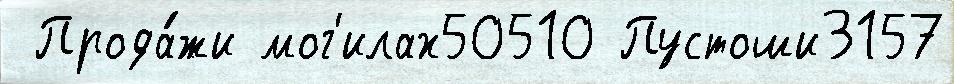
 Прода́жи мог'илах50510 Пустоши3157